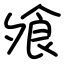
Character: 飧